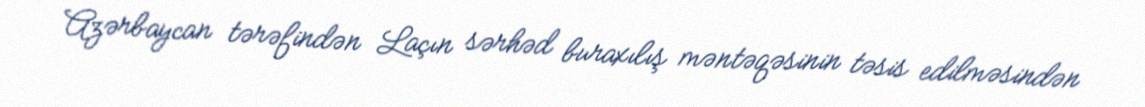
Azərbaycan tərəfindən Laçın sərhəd buraxılış məntəqəsinin təsis edilməsindən